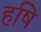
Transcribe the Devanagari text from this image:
हषि